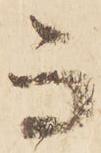
而